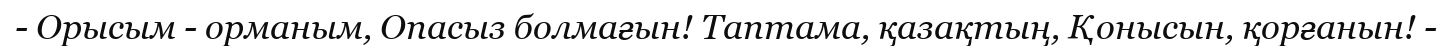
- Орысым - орманым, Опасыз болмағын! Таптама, қазақтың, Қонысын, қорғанын! -